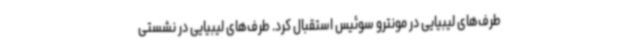
طرف‌های لیبیایی در مونترو سوئیس استقبال کرد. طرف‌های لیبیایی در نشستی